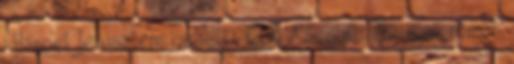
, Hapoel Jerusalem izraeli , CSU Asesoft Ploiesti román